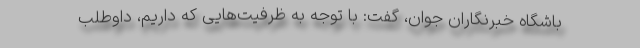
باشگاه خبرنگاران جوان، گفت: با توجه به ظرفیت‌هایی که داریم، داوطلب